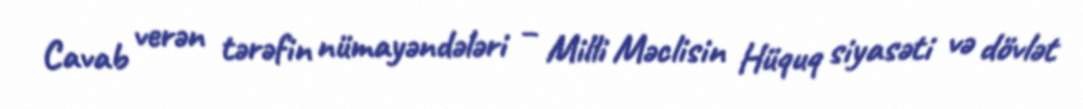
Cavab verən tərəfin nümayəndələri – Milli Məclisin Hüquq siyasəti və dövlət